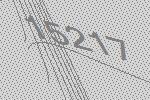
15217